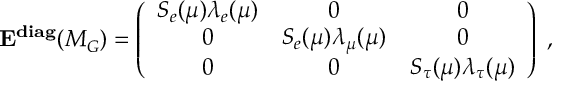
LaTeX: { \bf E ^ { d i a g } } ( M _ { G } ^ { } ) = \left( \begin{array} { c c c } { { S _ { e } ( \mu ) \lambda _ { e } ( \mu ) } } & { { 0 } } & { { 0 } } \\ { { 0 } } & { { S _ { e } ( \mu ) \lambda _ { \mu } ( \mu ) } } & { { 0 } } \\ { { 0 } } & { { 0 } } & { { S _ { \tau } ( \mu ) \lambda _ { \tau } ( \mu ) } } \end{array} \right) \; ,